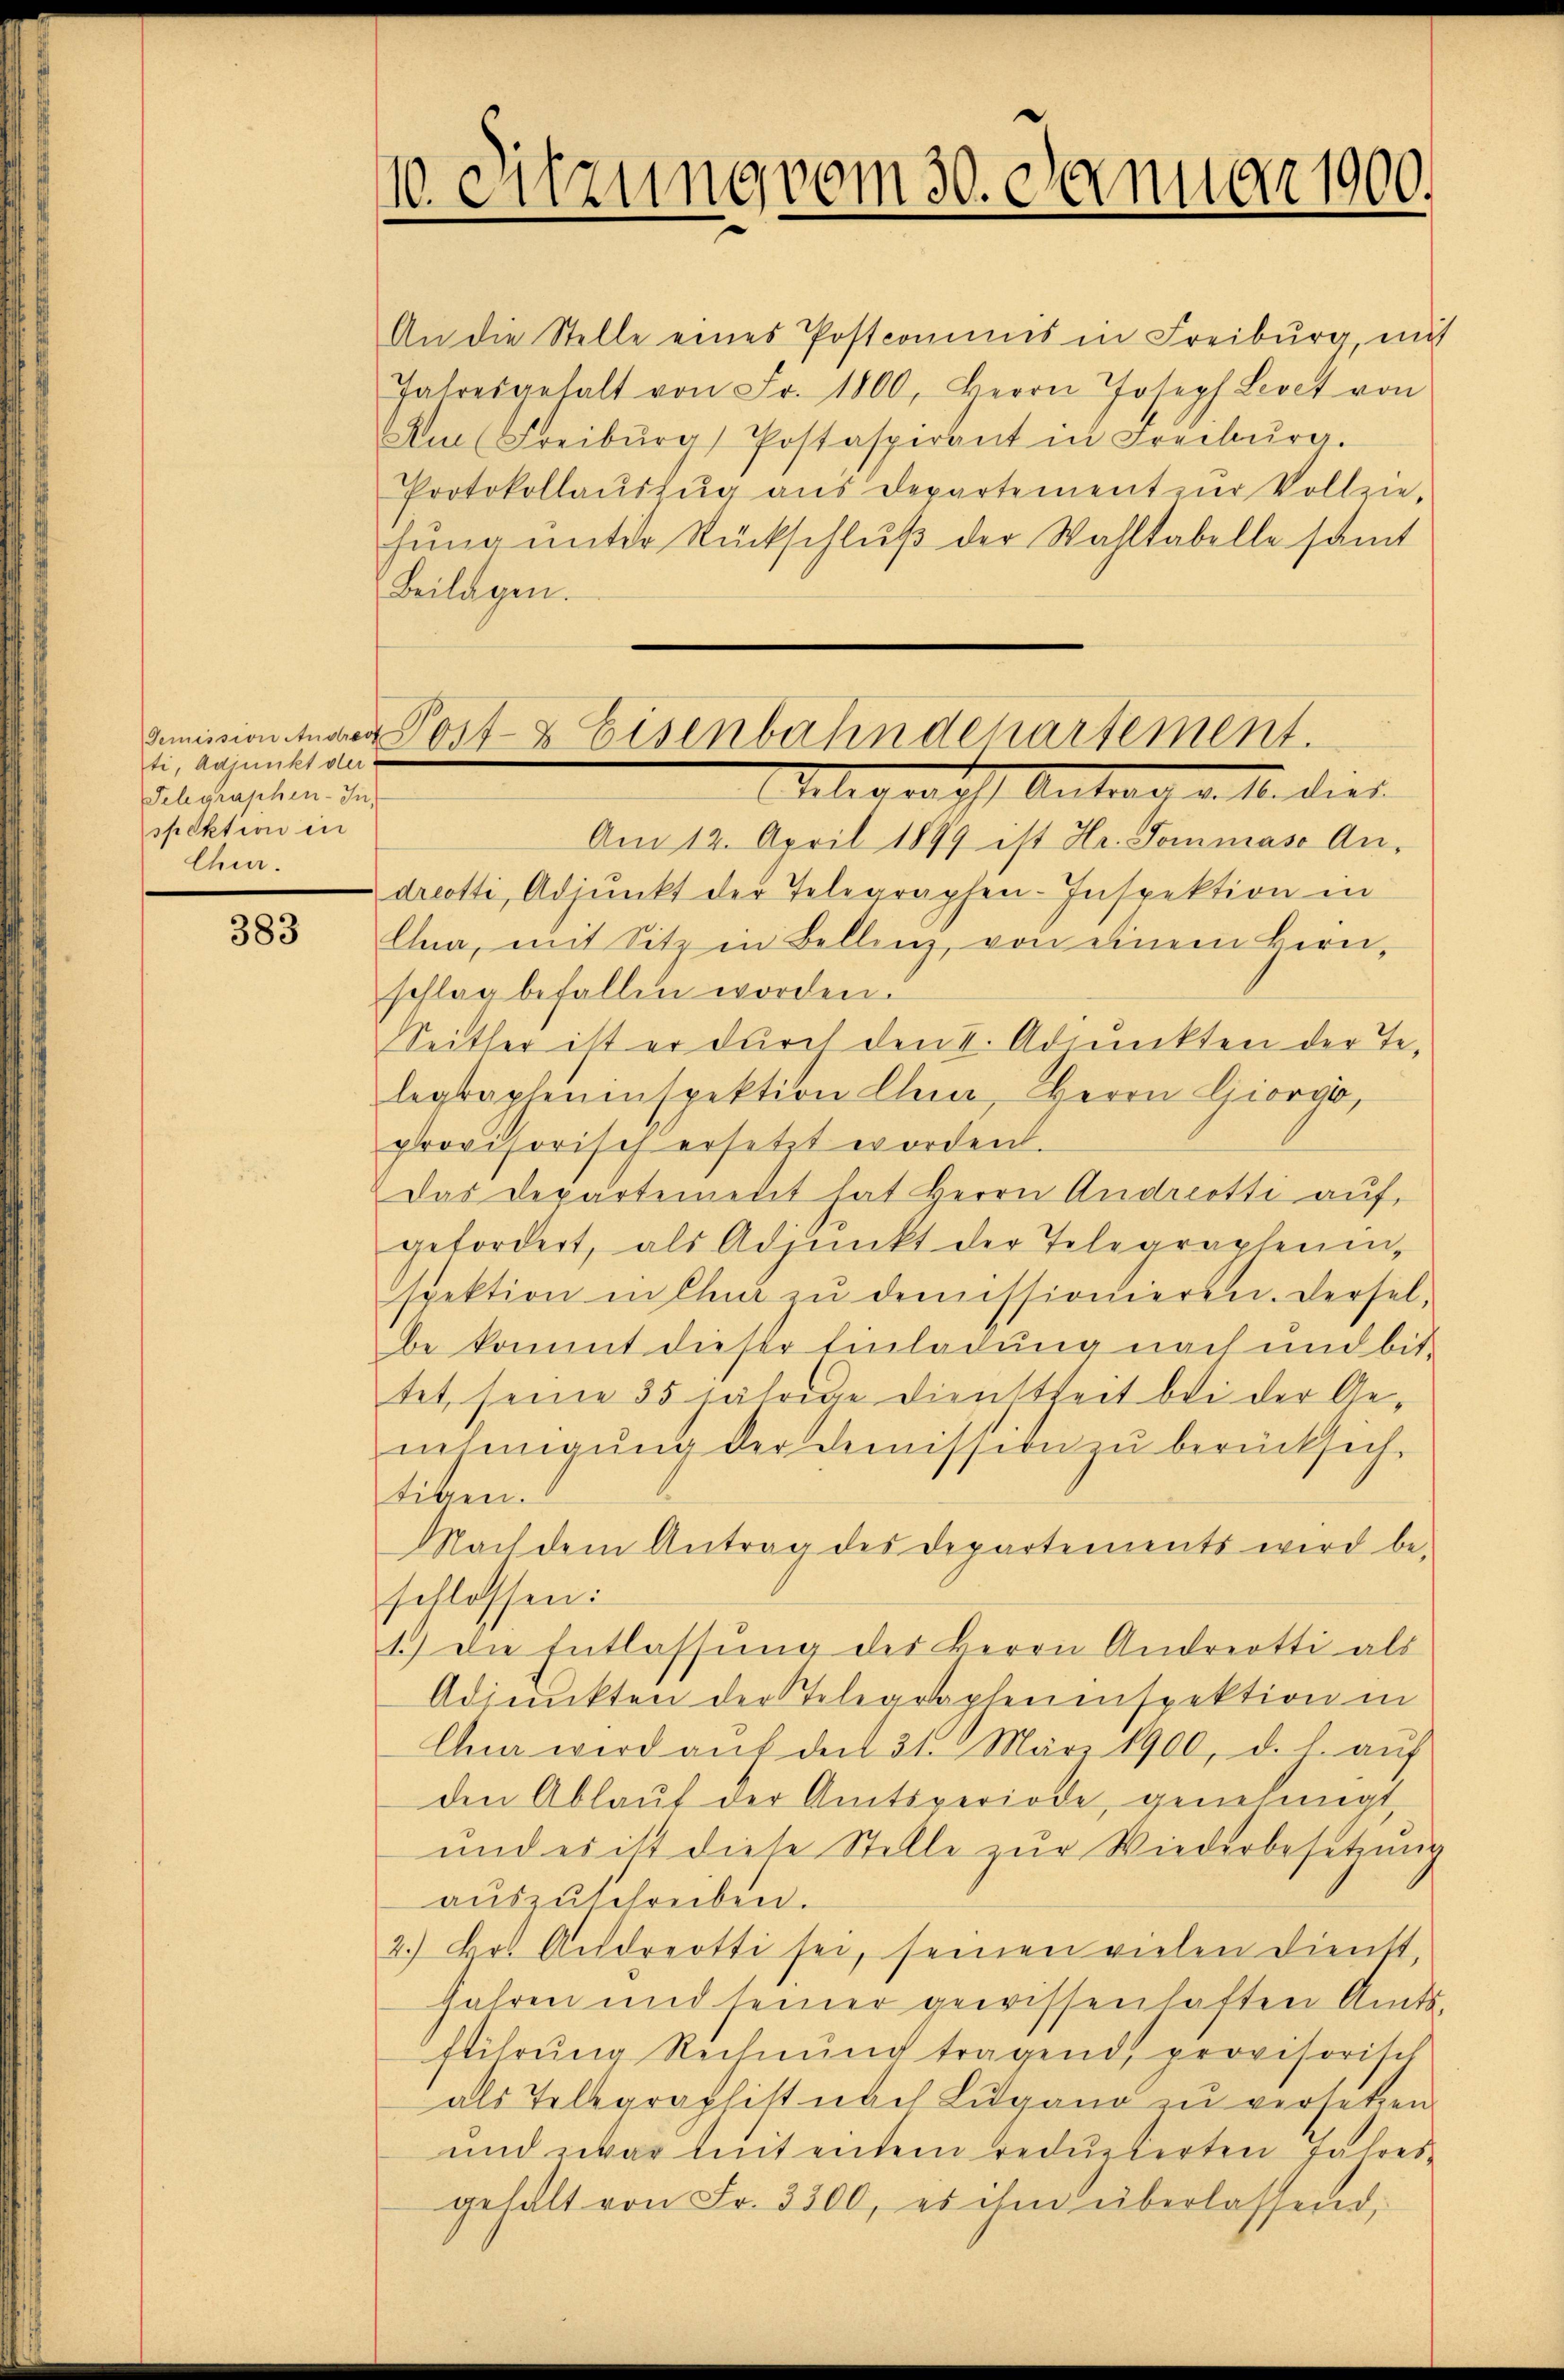
Demission Andrech
ti, Adjunkt der
Schgraphen-In
spektion in
Chur.

383

10. Sitzung vom 30. Januar 1900.

Post- & Eisenbahndepartement.

An die Stelle eines Postcommis in Freiburg, mit
Jahresartalt von Fr. 1800, Herrn Joseph Levet von
Au (Freiburg) Postaspirant in Freiburg.
Protokollaŭszŭg aŭs Departement zŭr Vollzie-
hŭng ŭnter Rückschluß der Wahltabelle samt
Beilagen.
legraph Antrag v. M. dies
Am 12. April 1899 ist Hr. Sommaso Andreotti, Adjunkt der Telegraphen-Inspektion in
Elua, mit Sitz in Bellenz, von einem Hern,
schlag befallen worden.
Seither ist er durch den I. Adjunkten der Telegrapheninspektion Chur, Herrn Giorgi,
provisorisch ersetzt worden.
Das Departement hat Herrn Andreotti auf
gefordert, als Adjunkt der Telegrapheninspektion in Chur zŭ demissionieren. Dersel-
be kommt dieser Einladung nach und bit-
tet, seine 35 jährige Dienstheit bei der Genehmigung der Demission zu berücksich
tigen.
Mach dem Antrag des Departements wird be-
schlossen:
1.) Die Entlassŭng des Herrn Andreotti als
Adjunkten der Telegrapheninspektion in
Gna wird aŭf den 31. März 1900, d. h. auf
den Ablauf der Amtsperiode, genehmigt,
und es ist diese Stelle zŭr Wiederbesetzung
aŭszŭschreiben.
2.) Dr. Andreotti sei, seinen vielen Dienst,
jahren und seiner gewissenhaften Amts-
ftihrŭng Rechnŭng tragend, provisorisch
als Telegraphist nach Lugano zu versetzen.
und zwar mit einem reduzierten Jahresgehalt von Fr. 3300, es ihm überlassend,